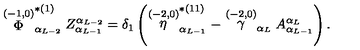
\stackrel { ( - 1 , 0 ) } { \Phi } _ { \alpha _ { L - 2 } } ^ { * ( 1 ) } Z _ { \alpha _ { L - 1 } } ^ { \alpha _ { L - 2 } } = \delta _ { 1 } \left( \stackrel { ( - 2 , 0 ) } { \eta } _ { \alpha _ { L - 1 } } ^ { * ( 1 1 ) } - \stackrel { ( - 2 , 0 ) } { \gamma } _ { \alpha _ { L } } A _ { \alpha _ { L - 1 } } ^ { \alpha _ { L } } \right) .